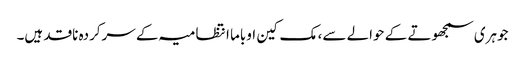
جوہری سمجھوتے کے حوالے سے، مک کین اوباما انتظامیہ کے سرکردہ ناقد ہیں۔